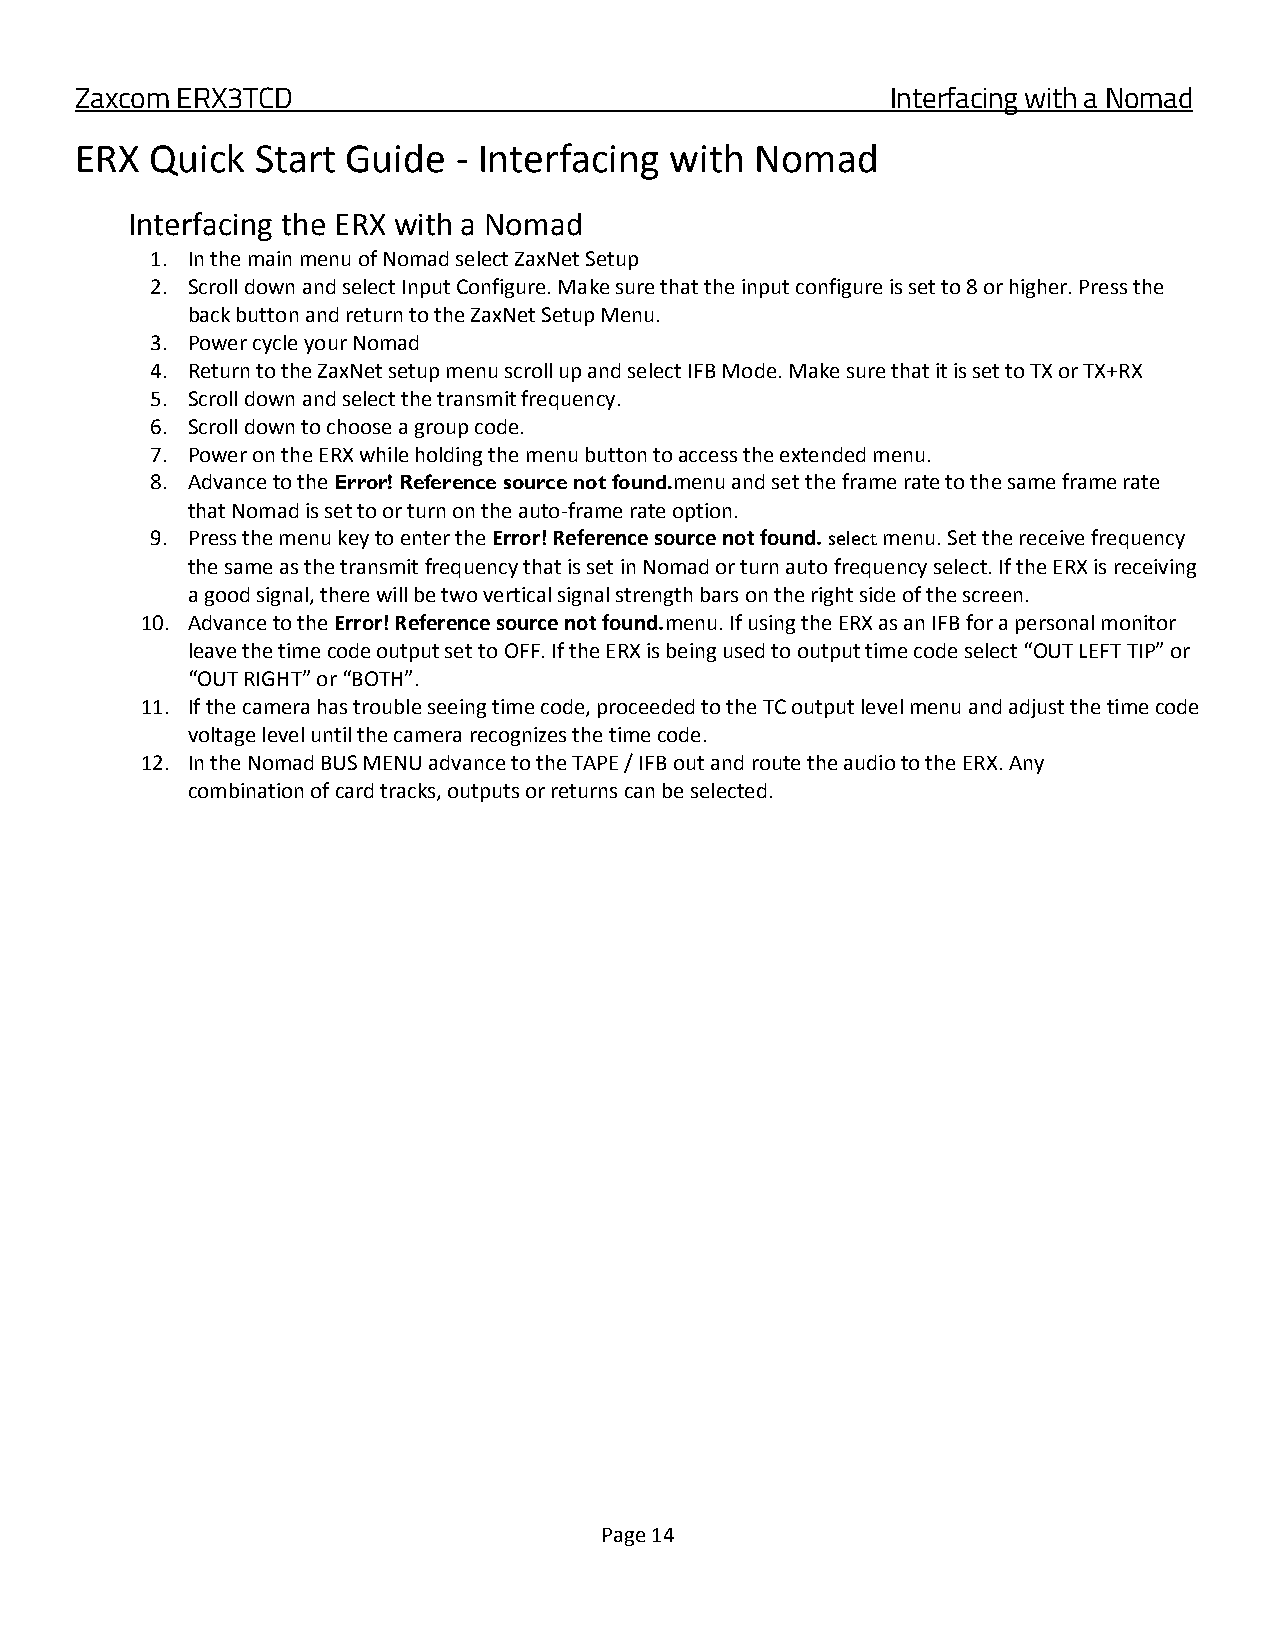
Zaxcom ERX3TCD                                        Interfacing with a Nomad
 ERX  Quick  Start Guide  - Interfacing with  Nomad
 Interfacing the ERX with a Nomad
 1. In the main menu of Nomad select ZaxNet Setup
 2. Scroll down and select Input Configure. Make sure that the input configure is set to 8 or higher. Press the
 back button and return to the ZaxNet Setup Menu.
 3. Power cycle your Nomad
 4. Return to the ZaxNet setup menu scroll up and select IFB Mode. Make sure that it is set to TX or TX+RX
 5. Scroll down and select the transmit frequency.
 6. Scroll down to choose a group code.
 7. Power on the ERX while holding the menu button to access the extended menu.
 8. Advance to the Error! Reference source not found.menu and set the frame rate to the same frame rate
 that Nomad is set to or turn on the auto-frame rate option.
 9. Press the menu key to enter the Error! Reference source not found. select menu. Set the receive frequency
 the same as the transmit frequency that is set in Nomad or turn auto frequency select. If the ERX is receiving
 a good signal, there will be two vertical signal strength bars on the right side of the screen.
 10. Advance to the Error! Reference source not found.menu. If using the ERX as an IFB for a personal monitor
 leave the time code output set to OFF. If the ERX is being used to output time code select “OUT LEFT TIP” or
 “OUT RIGHT” or “BOTH”.
 11. If the camera has trouble seeing time code, proceeded to the TC output level menu and adjust the time code
 voltage level until the camera recognizes the time code.
 12. In the Nomad BUS MENU advance to the TAPE / IFB out and route the audio to the ERX. Any
 combination of card tracks, outputs or returns can be selected.
 Page 14